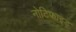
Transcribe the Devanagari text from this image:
नोटिफाइड